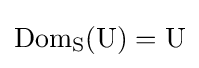
{\rm {{Dom}_{S}(U)=U}}